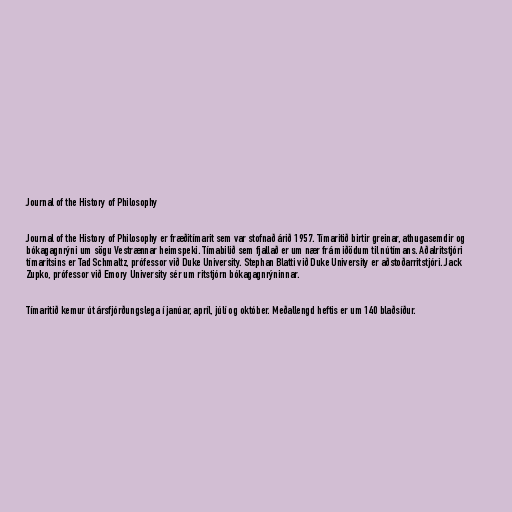
Journal of the History of Philosophy

Journal of the History of Philosophy er fræðitímarit sem var stofnað árið 1957. Tímaritið birtir greinar, athugasemdir og
bókagagnrýni um sögu Vestrænnar heimspeki. Tímabilið sem fjallað er um nær frá miðödum til nútímans. Aðalritstjóri
tímaritsins er Tad Schmaltz, prófessor við Duke University. Stephan Blatti við Duke University er aðstoðarritstjóri. Jack
Zupko, prófessor við Emory University sér um ritstjórn bókagagnrýninnar.

Tímaritið kemur út ársfjórðungslega í janúar, apríl, júlí og október. Meðallengd heftis er um 140 blaðsíður.